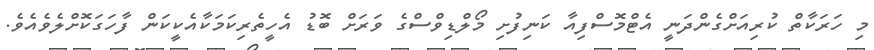
މި ހަރަކާތް ކުރިއަށްގެންދަނީ އެޓްމޮސްފިއާ ކަނިފުށި މޯލްޑިވްސްގެ ވަރަށް ބޮޑު އެހީތެރިކަމަކާއެކީކަން ފާހަގަކޮށްލެވެއެވެ.